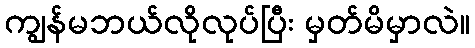
ကျွန်မဘယ်လိုလုပ်ပြီး မှတ်မိမှာလဲ။